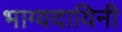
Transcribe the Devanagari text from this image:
भाग्यदायिनी